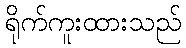
ရိုက်ကူးထားသည်